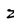
Character: Z